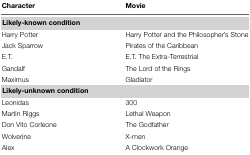
<table><thead><tr><td><b>Character</b></td><td><b>Movie</b></td></tr></thead><tbody><tr><td><b>Likely-known condition</b></td></tr><tr><td>Harry Potter</td><td>Harry Potter and the Philosopher’s Stone</td></tr><tr><td>Jack Sparrow</td><td>Pirates of the Caribbean</td></tr><tr><td>E.T.</td><td>E.T. The Extra-Terrestrial</td></tr><tr><td>Gandalf</td><td>The Lord of the Rings</td></tr><tr><td>Maximus</td><td>Gladiator</td></tr><tr><td><b>Likely-unknown condition</b></td></tr><tr><td>Leonidas</td><td>300</td></tr><tr><td>Martin Riggs</td><td>Lethal Weapon</td></tr><tr><td>Don Vito Corleone</td><td>The Godfather</td></tr><tr><td>Wolverine</td><td>X-men</td></tr><tr><td>Alex</td><td>A Clockwork Orange</td></tr></tbody></table>